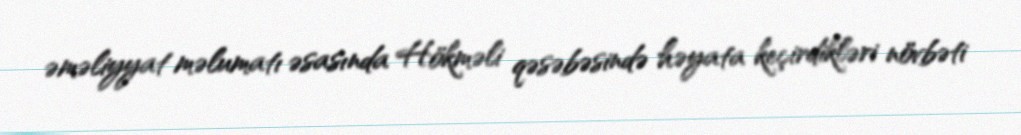
əməliyyat məlumatı əsasında Hökməli qəsəbəsində həyata keçirdikləri növbəti